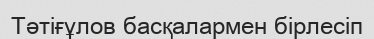
Тәтіғұлов басқалармен бірлесіп